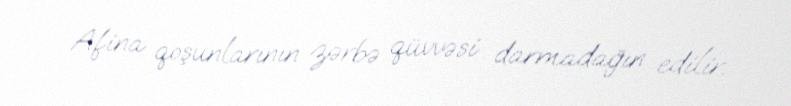
Afina qoşunlarının zərbə qüvvəsi darmadağın edilir.